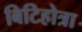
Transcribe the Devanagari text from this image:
बिटिहोत्रा